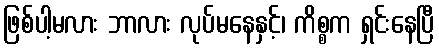
ဖြစ်ပါ့မလား ဘာလား လုပ်မနေနှင့်၊ ကိစ္စက ရှင်းနေပြီ